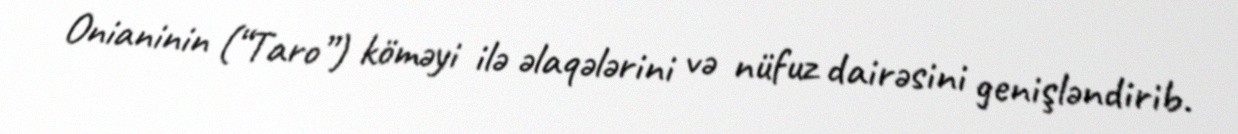
Onianinin (“Taro”) köməyi ilə əlaqələrini və nüfuz dairəsini genişləndirib.